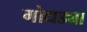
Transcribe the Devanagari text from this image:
गोधड्या